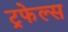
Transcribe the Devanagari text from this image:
ट्रफेल्स